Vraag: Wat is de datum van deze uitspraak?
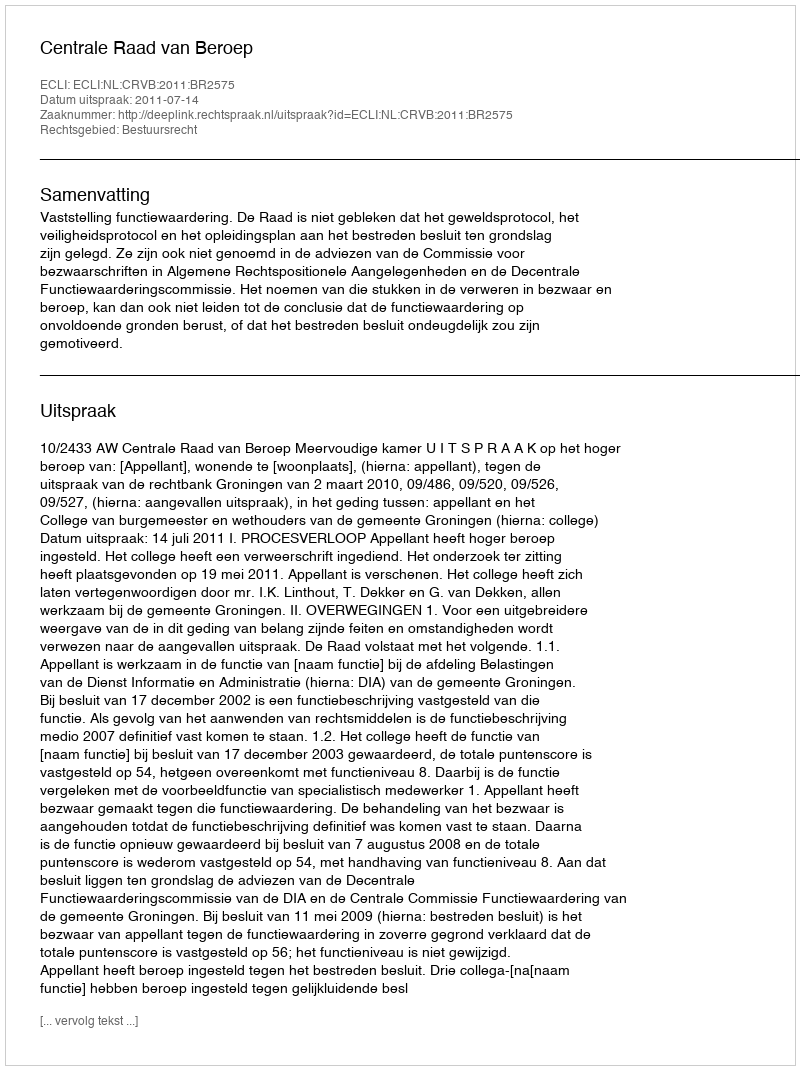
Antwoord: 2011-07-14